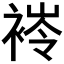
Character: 𧛎